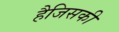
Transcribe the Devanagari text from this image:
हैजिसकी